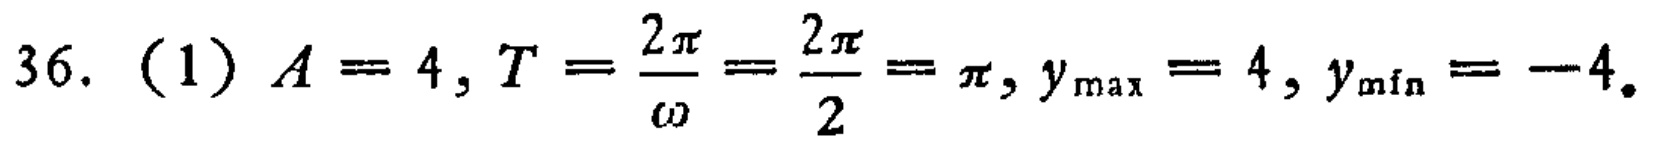
36. (1) \(A = 4, T=\frac{2\pi}{\omega}=\frac{2\pi}{2}=\pi, y_{\max}=4, y_{\min}=-4.\)